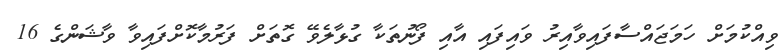
ވިއްކުމަށް ހަމަޖައްސާފައިވާއިރު ވައިފައި އާއި ފޯނުތަކާ ގުޅާލެވޭ ގޮތަށް ފަރުމާކޮށްފައިވާ ވާޝަންގެ 16